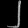
Digit: ၂